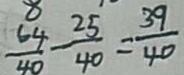
\frac { 6 4 } { 4 0 } - \frac { 2 5 } { 4 0 } = \frac { 3 9 } { 4 0 }